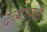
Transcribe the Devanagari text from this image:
द्रव्यांमुळे